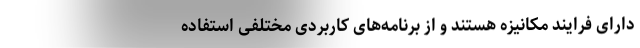
دارای فرایند مکانیزه هستند و از برنامه‌های کاربردی مختلفی استفاده